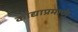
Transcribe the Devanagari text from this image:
कांद्याप्रमाणे